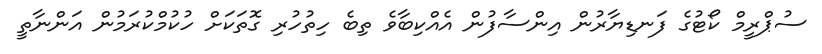
ސުޕްރީމް ކޯޓުގެ ފަނޑިޔާރުން އިންސާފުން އެއްކިބާވެ ތިބެ ހިތުހުރި ގޮތަކަށް ހުކުމްކުރަމުން އަންނާތީ